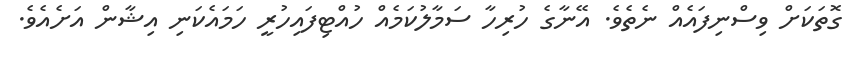
ގޮތަކަށް ވިސްނިފައެއް ނެތެވެ. އޭނާގެ ހުރިހާ ސަމާލުކަމެއް ހުއްޓިފައިހުރީ ހަމައެކަނި އިޝާން އަށެއެވެ.